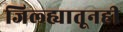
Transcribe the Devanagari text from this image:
जिल्ह्यातूनही